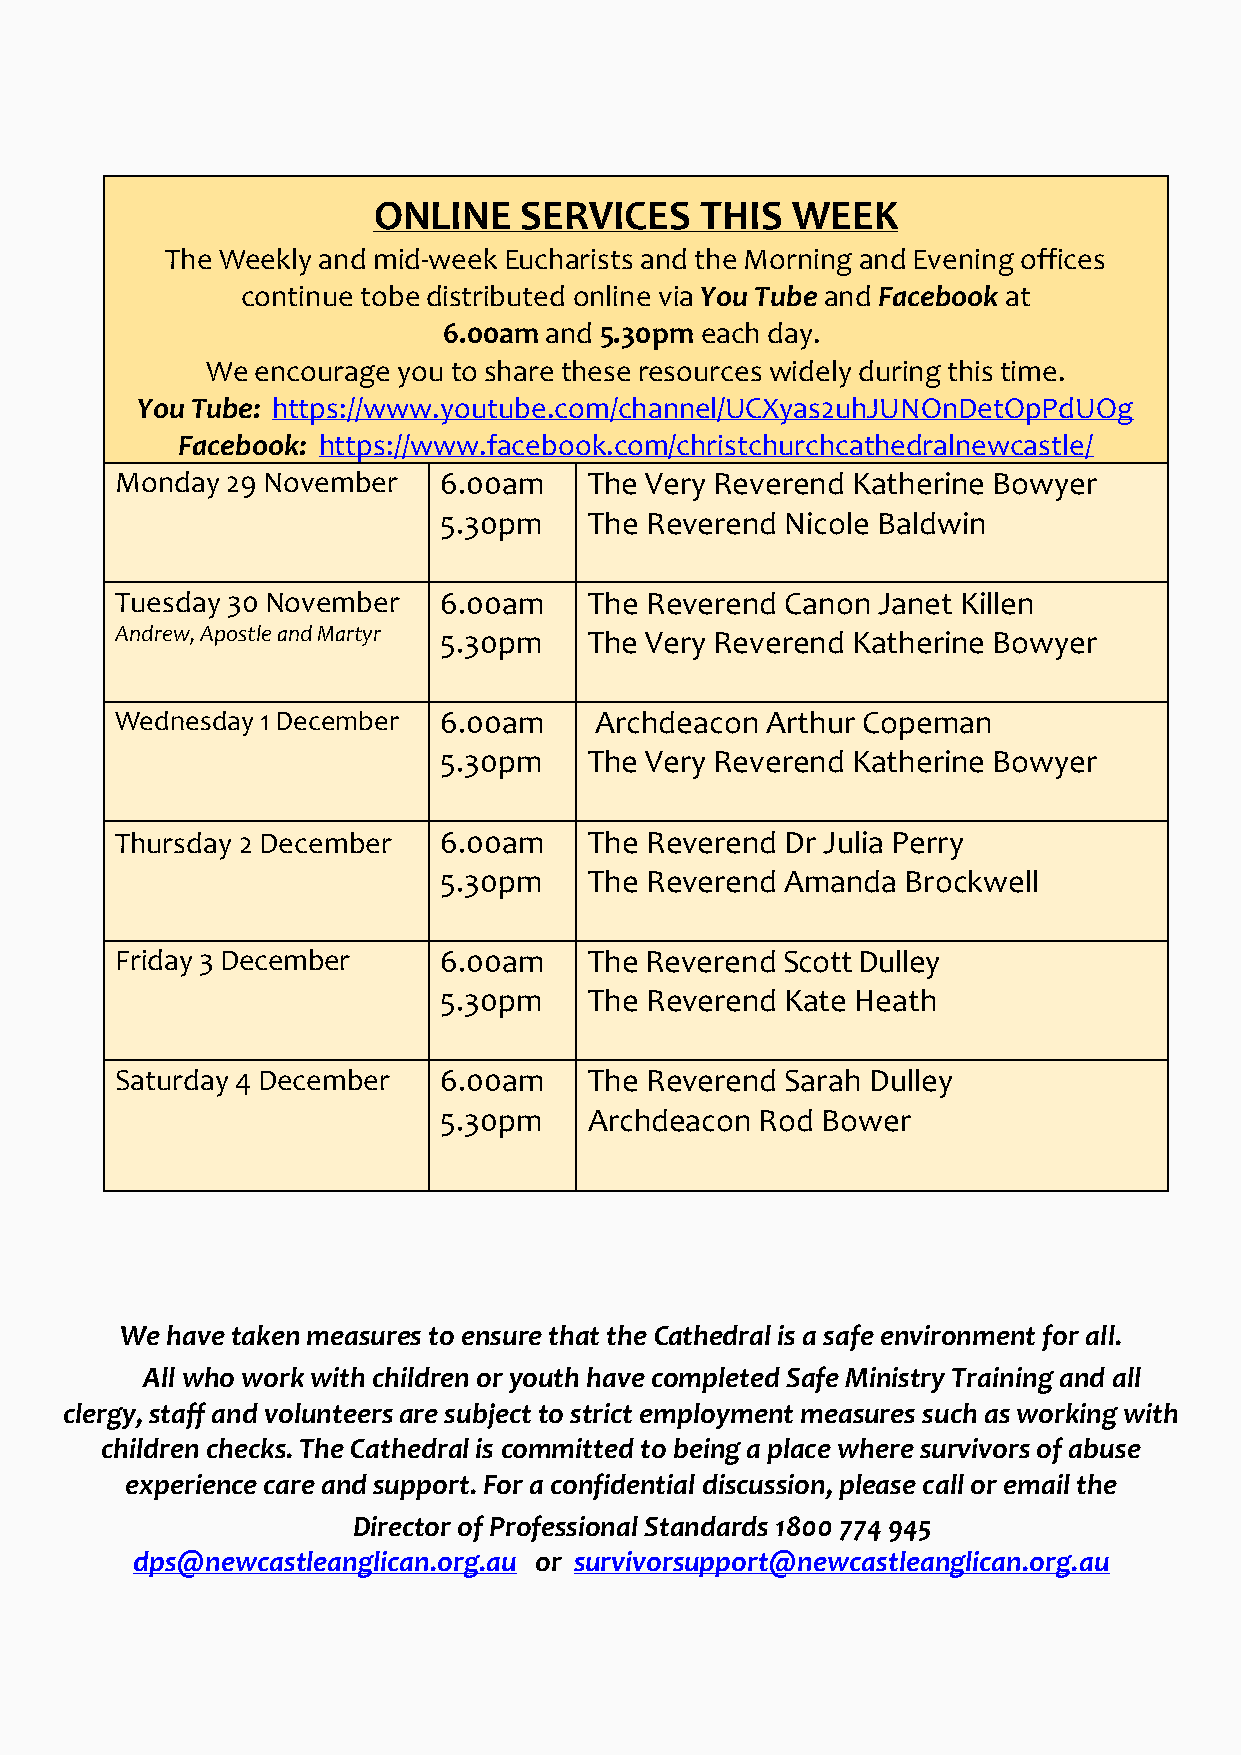
ONLINE   SERVICES    THIS  WEEK
 The Weekly and mid-week Eucharists and the Morning and Evening offices
 continue to be distributed online via You Tube and Facebook at
 6.00am and 5.30pm each day.
 We encourage you to share these resources widely during this time.
 You Tube: https://www.youtube.com/channel/UCXyas2uhJUNOnDetOpPdUOg
 Facebook: https://www.facebook.com/christchurchcathedralnewcastle/
 Monday 29 November   6.00am    The Very Reverend Katherine Bowyer
 5.30pm    The Reverend Nicole Baldwin
 Tuesday 30 November  6.00am    The Reverend Canon Janet Killen
 Andrew, Apostle and Martyr 5.30pm The Very Reverend Katherine Bowyer
 Wednesday 1 December 6.00am    Archdeacon  Arthur Copeman
 5.30pm    The Very Reverend Katherine Bowyer
 Thursday 2 December  6.00am    The Reverend Dr Julia Perry
 5.30pm    The Reverend Amanda  Brockwell
 Friday 3 December    6.00am    The Reverend Scott Dulley
 5.30pm    The Reverend Kate Heath
 Saturday 4 December  6.00am    The Reverend Sarah Dulley
 5.30pm    Archdeacon Rod Bower
 We have taken measures to ensure that the Cathedral is a safe environment for all.
 All who work with children or youth have completed Safe Ministry Training and all
 clergy, staff and volunteers are subject to strict employment measures such as working with
 children checks. The Cathedral is committed to being a place where survivors of abuse
 experience care and support. For a confidential discussion, please call or email the
 Director of Professional Standards 1800 774 945
 dps@newcastleanglican.org.au or survivorsupport@newcastleanglican.org.au